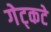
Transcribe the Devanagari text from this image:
गेट्कटे